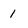
Character: 1